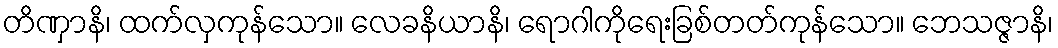
တိဏှာနိ၊ ထက်လှကုန်သော။ လေခနိယာနိ၊ ရောဂါကိုရေးခြစ်တတ်ကုန်သော။ ဘေသဇ္ဇာနိ၊